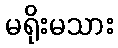
မရိုးမသား